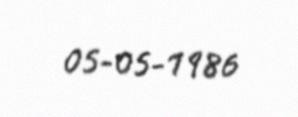
05-05-1986